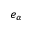
e _ { \alpha }